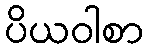
ပိယဝါစာ